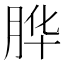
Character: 𱼇